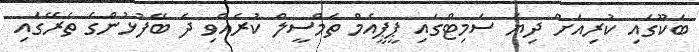
ބަކޫގައި ކުރިއަށް ދިޔަ ސަމިޓްގައި ޕީޕީއެމް ތަމްސީލް ކުރެއްވި ދެ ބޭފުޅުންގެ ތެރޭގައި